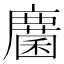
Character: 𢋵